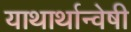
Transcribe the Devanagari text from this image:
याथार्थान्वेषी